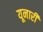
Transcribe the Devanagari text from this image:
यूनारी